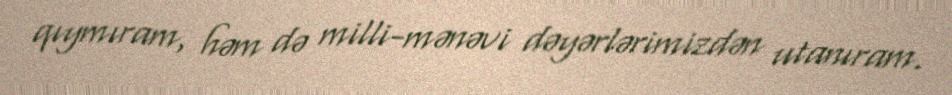
qıymıram, həm də milli-mənəvi dəyərlərimizdən utanıram.